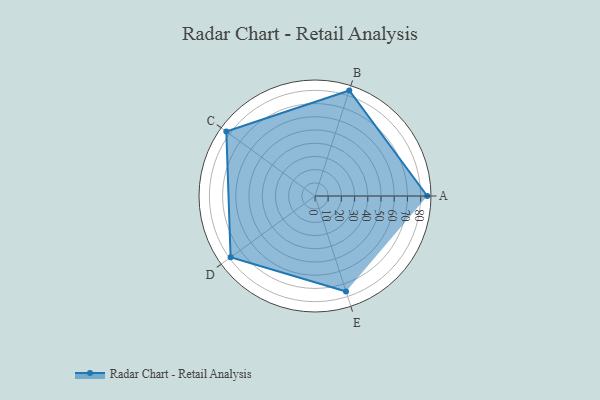
{"axis": {"x": "Skill", "y": "Score"}, "legend": ["Profile"], "data": [{"x": "A", "y": 85.0, "type": "Profile"}, {"x": "B", "y": 84.0, "type": "Profile"}, {"x": "C", "y": 83.0, "type": "Profile"}, {"x": "D", "y": 79.0, "type": "Profile"}, {"x": "E", "y": 76.0, "type": "Profile"}]}